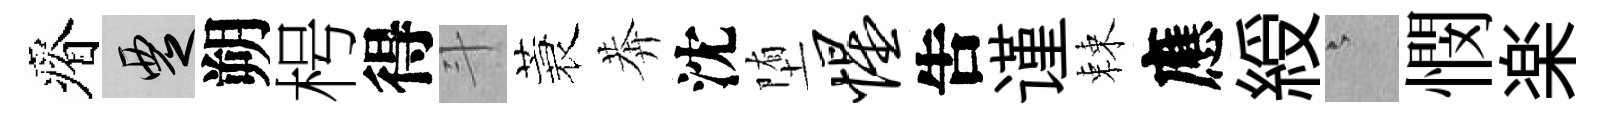
瘠覂朔枵得斗蓑莾沈堕惺吿谨棘應綬澹憫楽